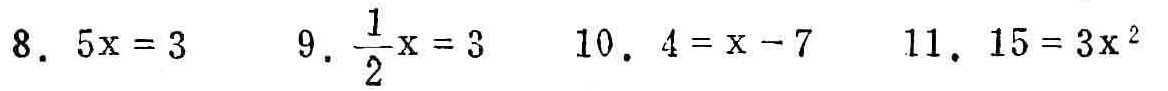
8. \(5x = 3\)
9. \(\frac{1}{2}x = 3\)
10. \(4 = x - 7\)
11. \(15 = 3x^{2}\)